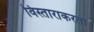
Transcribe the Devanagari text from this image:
विस्ताराकरता